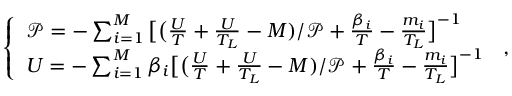
\left\{ \begin{array} { l l } { \mathcal { P } = - \sum _ { i = 1 } ^ { M } \big [ \big ( \frac { U } { T } + \frac { U } { T _ { L } } - M ) / \mathcal { P } + \frac { \beta _ { i } } { T } - \frac { m _ { i } } { T _ { L } } \big ] ^ { - 1 } } \\ { U = - \sum _ { i = 1 } ^ { M } \beta _ { i } \big [ \big ( \frac { U } { T } + \frac { U } { T _ { L } } - M ) / \mathcal { P } + \frac { \beta _ { i } } { T } - \frac { m _ { i } } { T _ { L } } \big ] ^ { - 1 } } \end{array} \right. \, ,